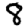
Digit: 8